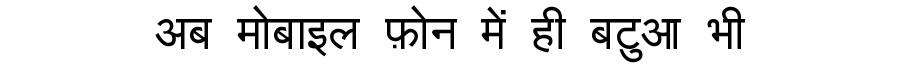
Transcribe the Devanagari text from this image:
अब मोबाइल फ़ोन में ही बटुआ भी